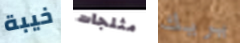
خيبة مثلجات يريك